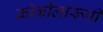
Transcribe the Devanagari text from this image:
कोकीलारूपी